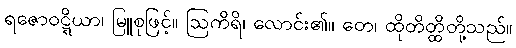
ရဇောဝဋ္ဋိယာ၊ မြူစုဖြင့်။ ဩကိရိ၊ လောင်း၏။ တေ၊ ထိုတိတ္ထိတို့သည်။